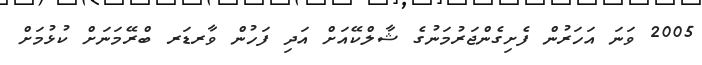
2005 ވަނަ އަހަރުން ފެށިގެންޖަރުމަނުގެ ޝާލްކޭއަށް އަދި ފަހުން ވާރޑަރ ބްރޭމަނަށް ކުޅުމަށް